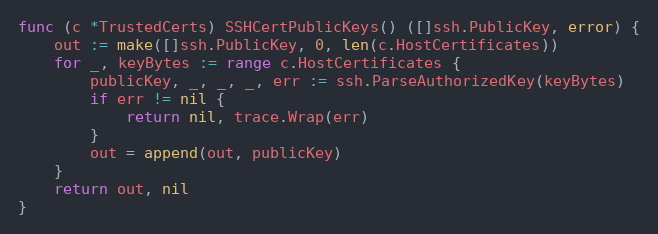
Language: Go
func (c *TrustedCerts) SSHCertPublicKeys() ([]ssh.PublicKey, error) {
	out := make([]ssh.PublicKey, 0, len(c.HostCertificates))
	for _, keyBytes := range c.HostCertificates {
		publicKey, _, _, _, err := ssh.ParseAuthorizedKey(keyBytes)
		if err != nil {
			return nil, trace.Wrap(err)
		}
		out = append(out, publicKey)
	}
	return out, nil
}